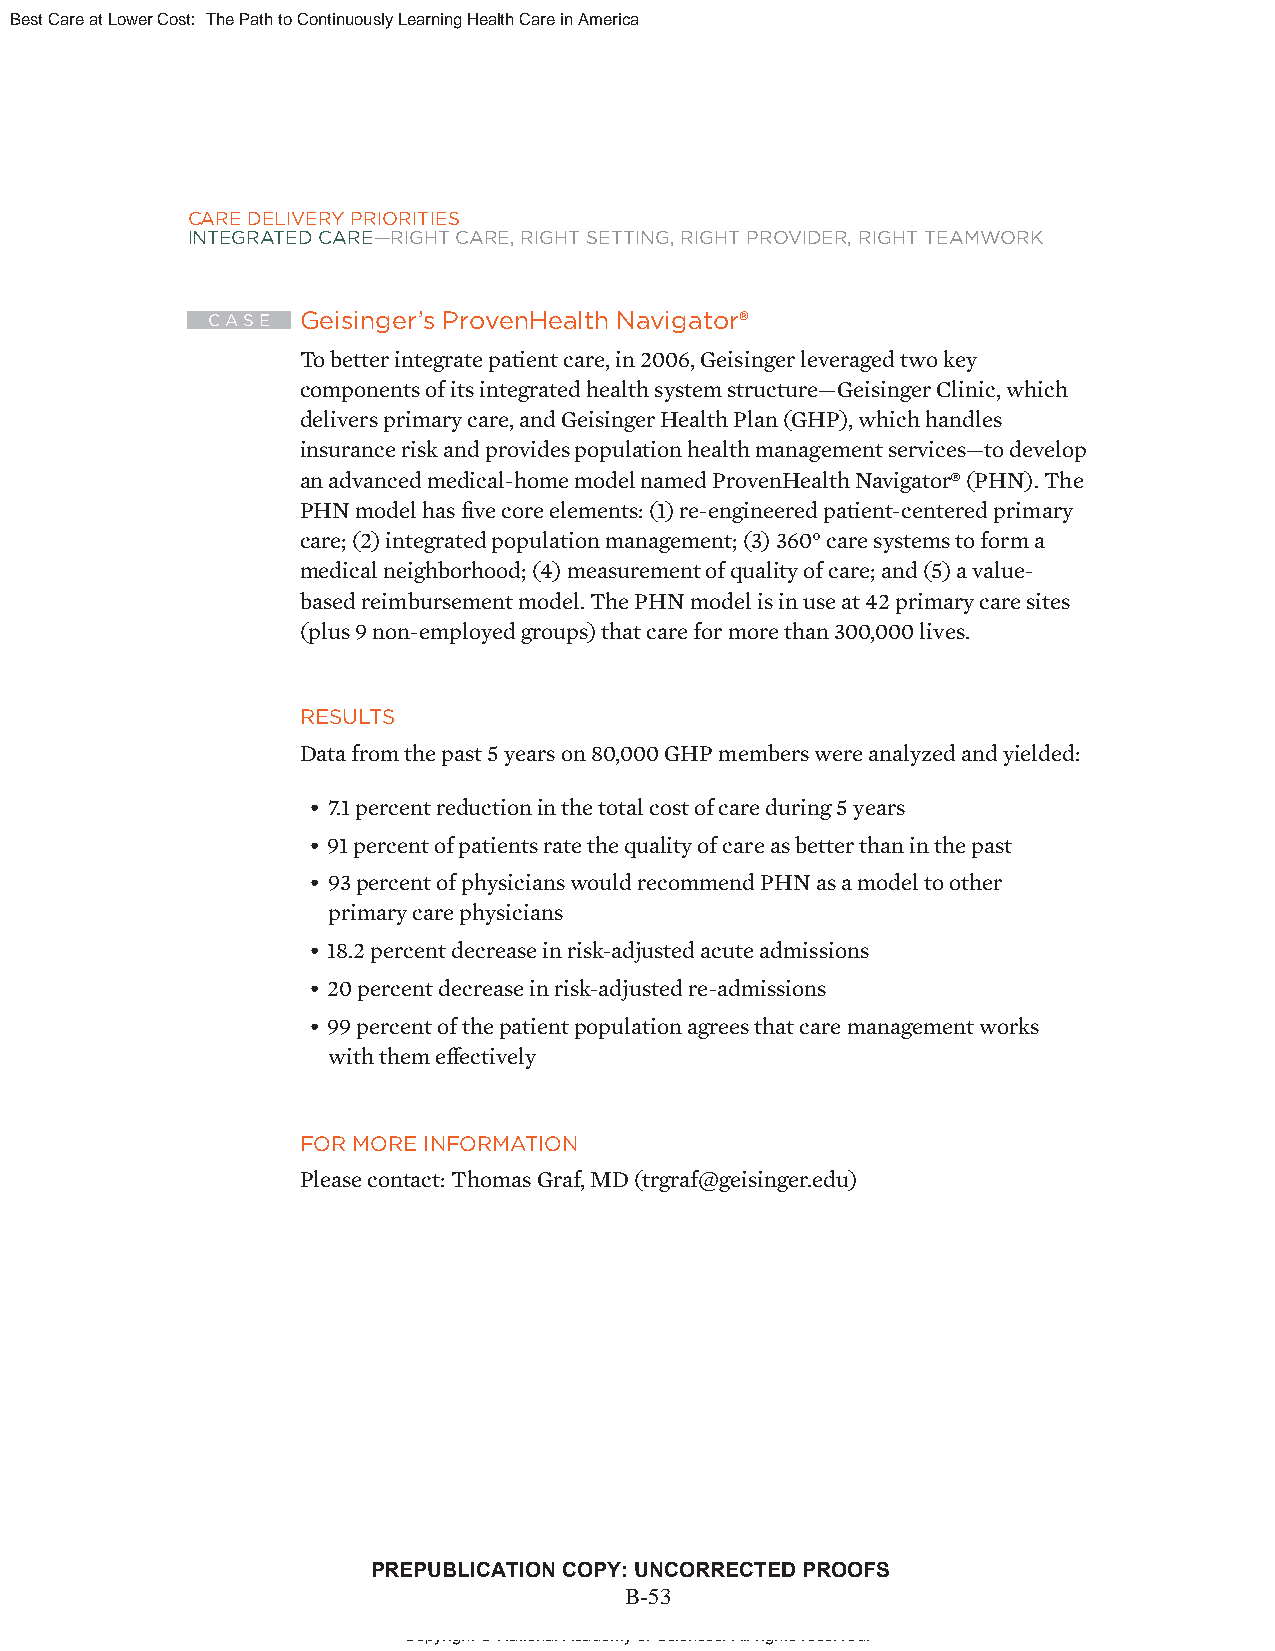
Best Care at Lower Cost: The Path to Continuously Learning Health Care in America
 CARE DELIVERY PRIORITIES
 INTEGRATED CARE—RIGHT CARE, RIGHT SETTING, RIGHT PROVIDER, RIGHT TEAMWORK
 C A S E Geisinger’s ProvenHealth Navigator®
 To better integrate patient care, in 2006, Geisinger leveraged two key
 components of its integrated health system structure—Geisinger Clinic, which
 delivers primary care, and Geisinger Health Plan (GHP), which handles
 insurance risk and provides population health management services—to develop
 an advanced medical-home model named ProvenHealth Navigator® (PHN). The
 PHN model has fi ve core elements: (1) re-engineered patient-centered primary
 care; (2) integrated population management; (3) 360° care systems to form a
 medical neighborhood; (4) measurement of quality of care; and (5) a value-
 based reimbursement model. The PHN model is in use at 42 primary care sites
 (plus 9 non-employed groups) that care for more than 300,000 lives.
 RESULTS
 Data from the past 5 years on 80,000 GHP members were analyzed and yielded:
 • 7.1 percent reduction in the total cost of care during 5 years
 • 91 percent of patients rate the quality of care as better than in the past
 • 93 percent of physicians would recommend PHN as a model to other
 primary care physicians
 • 18.2 percent decrease in risk-adjusted acute admissions
 • 20 percent decrease in risk-adjusted re-admissions
 • 99 percent of the patient population agrees that care management works
 with them eff ectively
 FOR MORE INFORMATION
 Please contact: Thomas Graf, MD (trgraf@geisinger.edu)
 PREPUBLICATION COPY: UNCORRECTED PROOFS
 B-53
 xxi
 Copyright © National Academy of Sciences. All rights reserved.